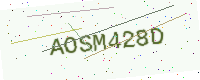
Text: AOSM428D